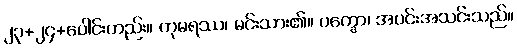
၂၃+၂၄+ပေါင်းတည်း။ ကုမရဿ၊ မင်းသား၏။ ပက္ခော၊ အပင်းအသင်းသည်။